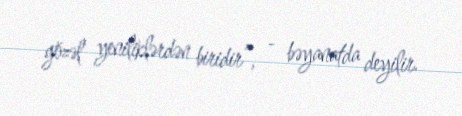
gözəl yeniliklərdən biridir”, - bəyanatda deyilir.